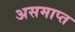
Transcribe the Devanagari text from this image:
असमाप्त